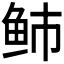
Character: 𱇑